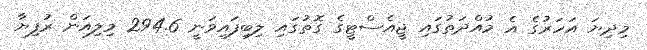
މިދިޔަ އަހަރުގެ އެ މުއްދަތުގައި ޖީއެސްޓީގެ ގޮތުގައި ލިބިފައިވަނީ 294.6 މިލިއަން ރުފިޔާ